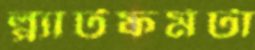
প্ল্যাটফর্মটা